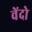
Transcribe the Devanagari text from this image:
वेंदो